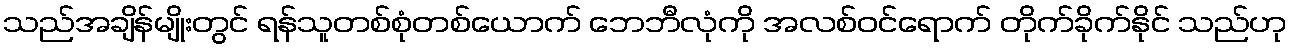
သည်အချိန်မျိုးတွင် ရန်သူတစ်စုံတစ်ယောက် ဘေဘီလုံကို အလစ်ဝင်ရောက် တိုက်ခိုက်နိုင် သည်ဟု